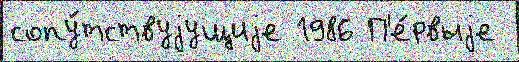
сопу́тствуjущиjе 1986 П'е́рвыjе